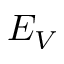
E _ { V }